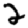
Digit: 2